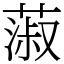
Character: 蔋